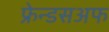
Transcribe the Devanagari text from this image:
फ्रेन्डसअफ